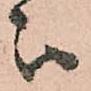
被